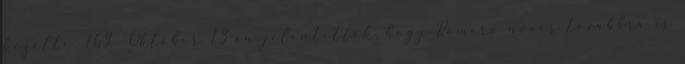
kezelte. 169 Október 13-án jelentették, hogy Romero nővér továbbra is